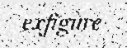
exfigure